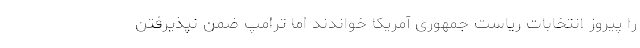
را پیروز انتخابات ریاست جمهوری آمریکا خواندند اما ترامپ ضمن نپذیرفتن